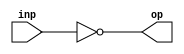
`timescale 1ns / 1ps
//////////////////////////////////////////////////////////////////////////////////
// Company: 
// Engineer: 
// 
// Design Name: 
// Module Name:    inv_primitive 
// Project Name: 
// Target Devices: 
// Tool versions: 
// Description: 
//
// Dependencies: 
//
// Revision: 
// Revision 0.01 - File Created
// Additional Comments: 
//
//////////////////////////////////////////////////////////////////////////////////
module inv_primitive(inp, op);

//Declare inputs/outputs
input inp;
output op;

//Set op as the inverse of inp
assign op = ~inp;

endmodule